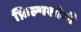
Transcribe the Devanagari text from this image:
फ़िल्मशोगी